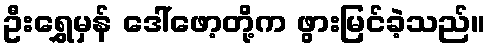
ဦးရွှေမှန် ဒေါ်ဖော့တို့က ဖွားမြင်ခဲ့သည်။